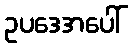
ဥပဒေအပေါ်